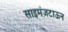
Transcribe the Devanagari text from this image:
साइमंज़टाऊन